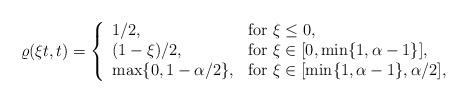
LaTeX: \begin{align*}\varrho(\xi t,t)=\left\{\begin{array}{ll}1/2, &\textrm{for }\xi\leq 0,\\(1-\xi)/2,&\textrm{for }\xi\in [0,\min\{1,\alpha-1\}],\\\max\{0,1-\alpha/2\},&\textrm{for }\xi\in [\min\{1,\alpha-1\},\alpha/2],\end{array}\right.\end{align*}